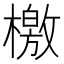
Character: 檄